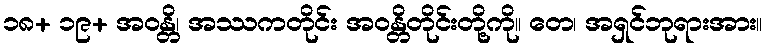
၁၈+ ၁၉+ အဝန္တိ၊ အဿကတိုင်း အဝန္တိတိုင်းတို့ကို။ တေ၊ အရှင်ဘုရားအား။